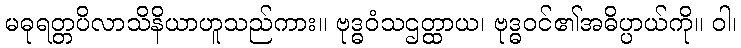
မဓုရတ္တပိလာသိနိယာဟူသည်ကား။ ဗုဒ္ဓဝံသဌတ္ထာယ၊ ဗုဒ္ဓဝင်၏အဓိပ္ပာယ်ကို။ ဝါ၊